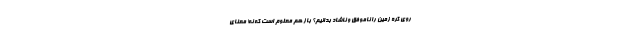
روی کره زمین را ناموفق و ناشاد بدانیم؟ باز هم معلوم است که نه! معنای